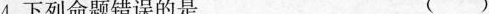
4.下列命题错误的是 ()